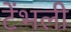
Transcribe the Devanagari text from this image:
टेंभली